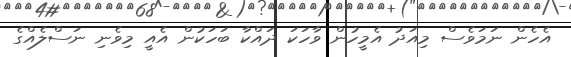
އެހެން ނަމަވެސް މިއަދު އެމީހުން ވާހަކަ ދައްކާ ބަހަކުން އެއީ މިވެނި ނަސްލެއްގެ